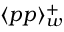
\langle p p \rangle _ { w } ^ { + }